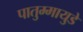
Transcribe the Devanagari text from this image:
पातुम्मायुडे